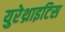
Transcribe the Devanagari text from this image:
युरेथ्राइटिस